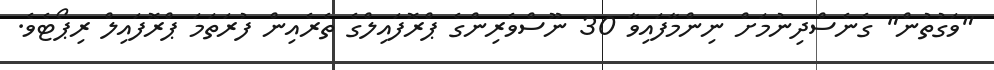
"ވަގުތުން" ގެނެސްދިނުމަށް ނިންމާފައިވާ 30 ނޫސްވެރިންގެ ޕްރޮފައިލްގެ ތެރެއިން ފުރަތަމަ ޕްރޮފައިލް ރިޕޯޓެވެ.